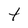
Character: T